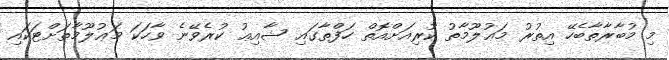
މި މުބާރާތާބެހޭ އިތުރު މަޢުލޫމާތު ކުރިއަށްއޮތް ހަފްތާގައި ޝާއިޢު ކުރެވޭނެ ވާހަކަ މަޢުލޫމާތަށްޓަކައި